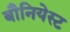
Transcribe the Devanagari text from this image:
बौनियेस्ट